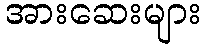
အားဆေးများ